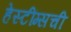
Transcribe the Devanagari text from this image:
हेस्टींग्सची